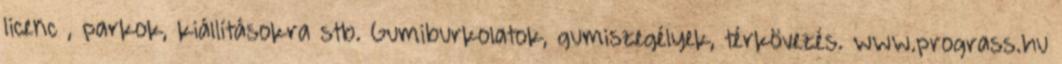
licenc , parkok, kiállításokra stb. Gumiburkolatok, gumiszegélyek, térkövezés. www.prograss.hu